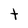
Character: t